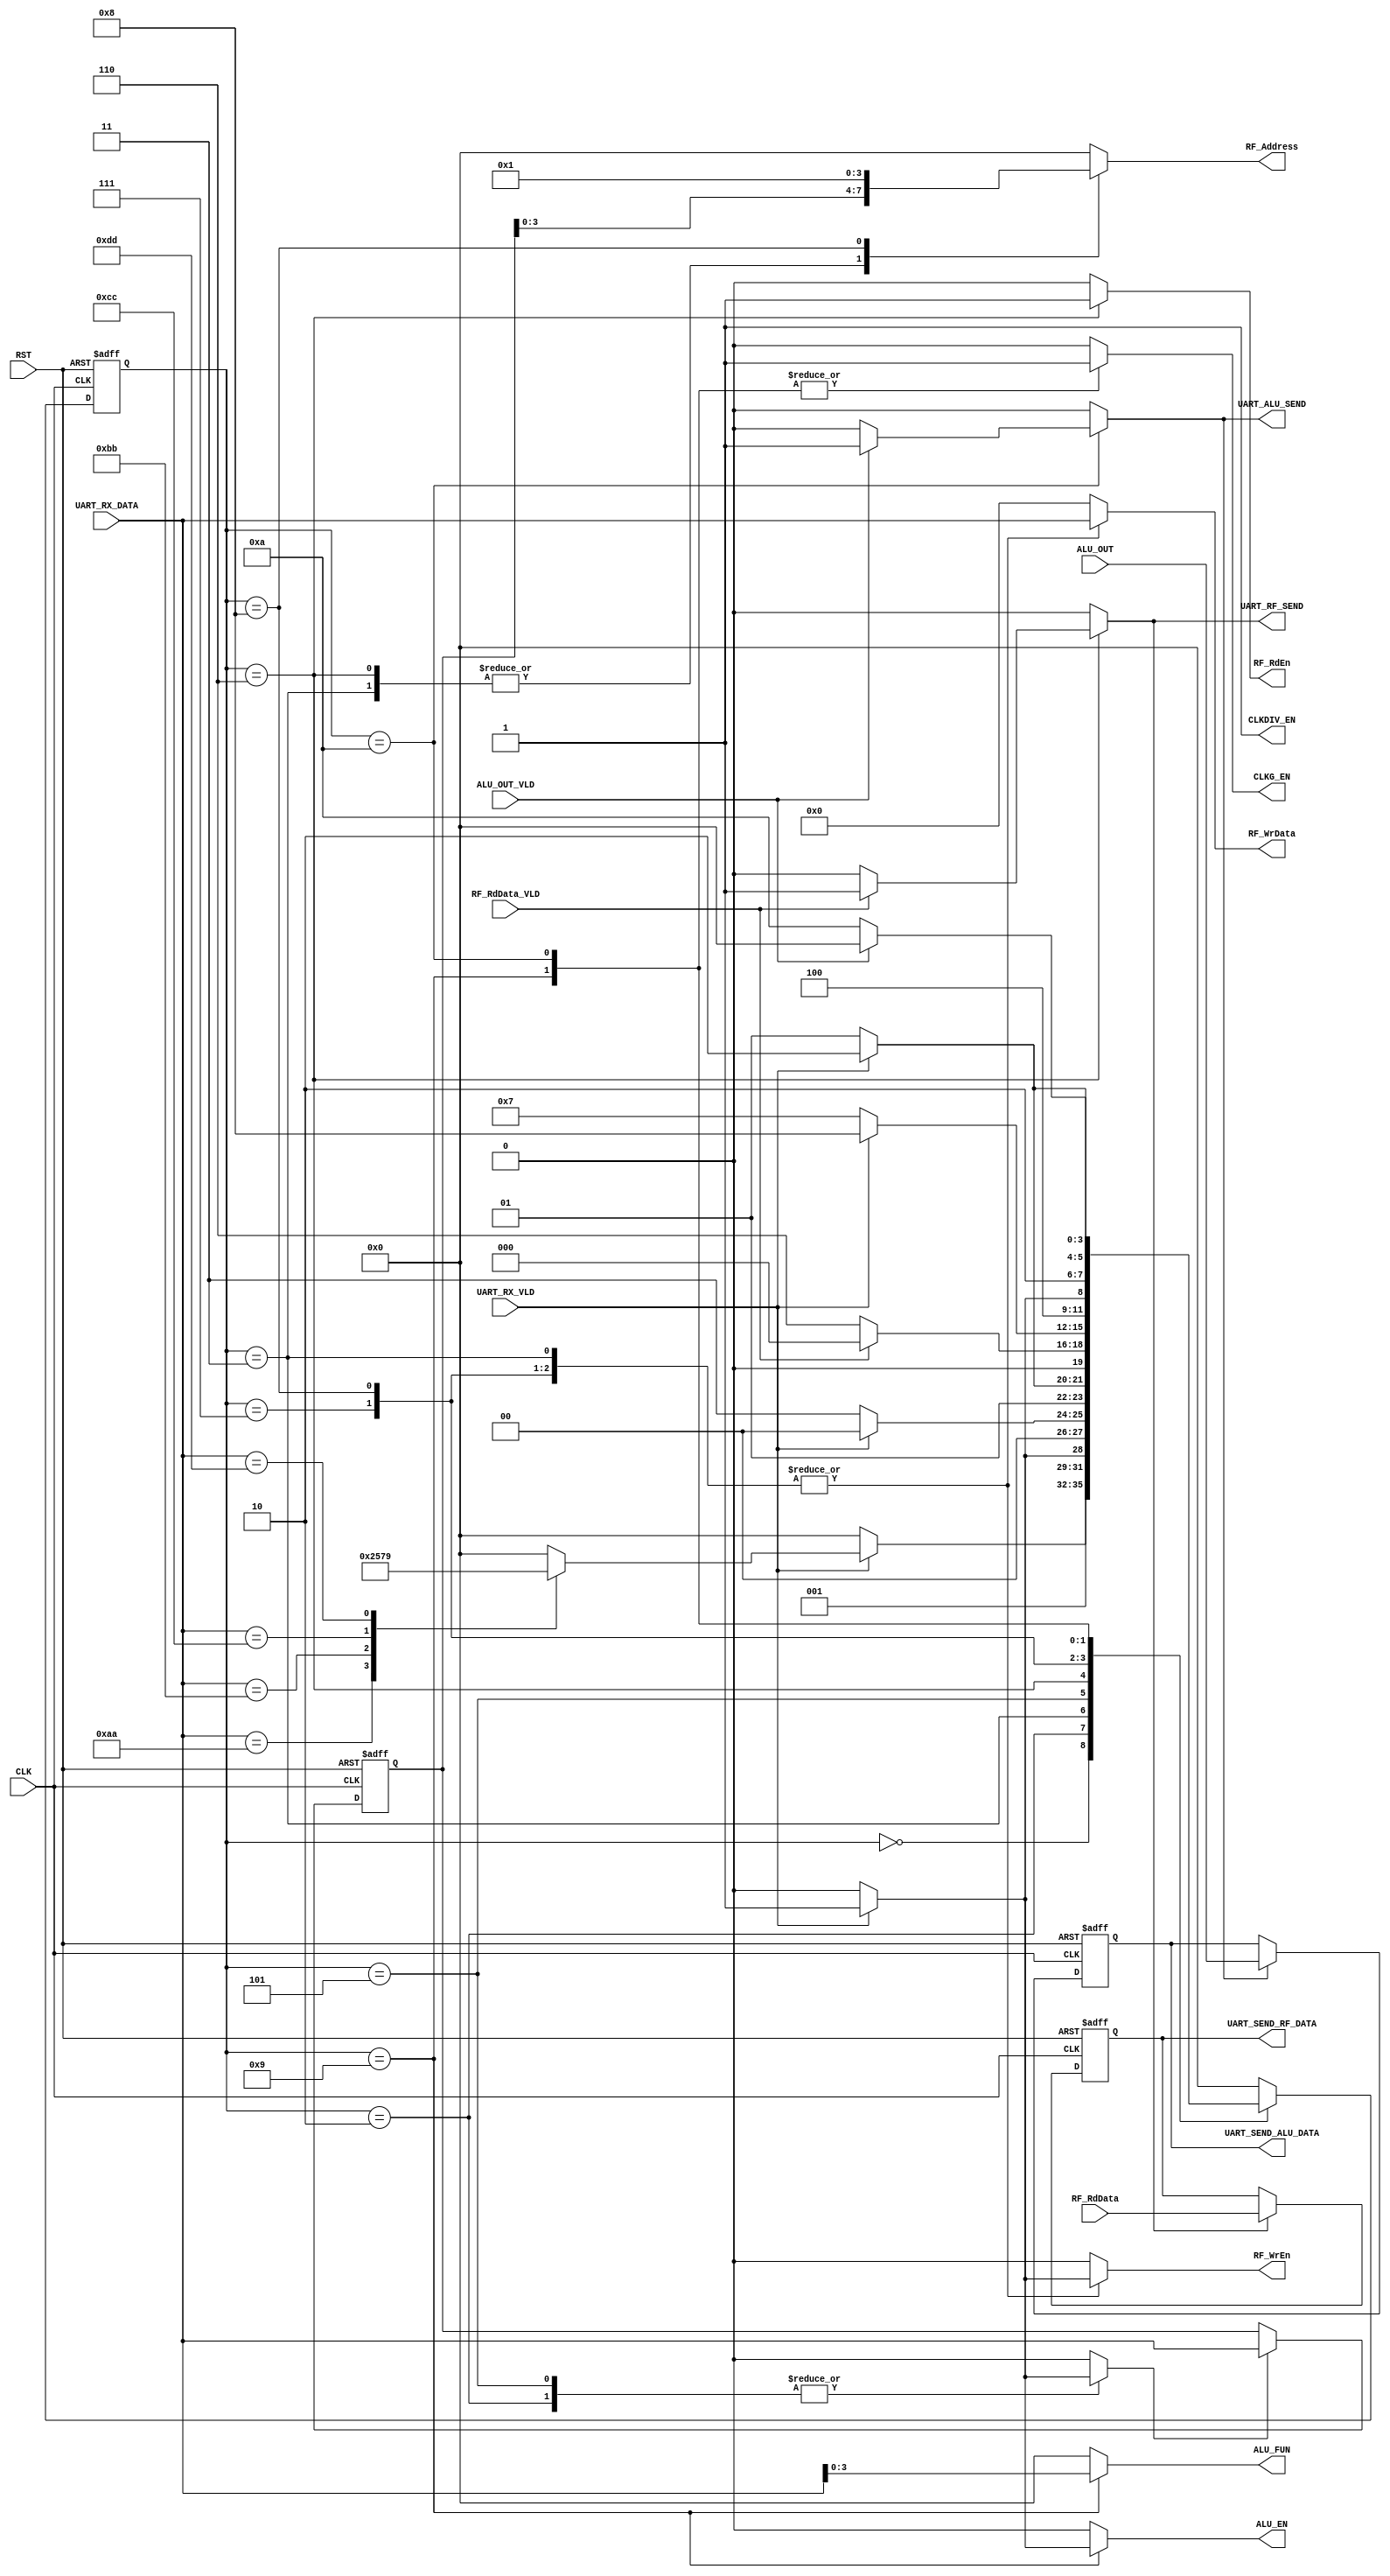
/*
Mapping:
---------
.CLK(),
.RST(),
.RF_RdData(),
.RF_RdData_VLD(),
.ALU_OUT(),
.ALU_OUT_VLD(), 
.UART_RX_DATA(), 
.UART_RX_VLD(),
.ALU_EN(),
.ALU_FUN(),  
.CLKG_EN(), 
.CLKDIV_EN(),
.RF_WrEn(),
.RF_RdEn(),
.RF_Address(),
.RF_WrData(),
.UART_RF_SEND(),
.UART_ALU_SEND(),
.UART_SEND_RF_DATA(),
.UART_SEND_ALU_DATA()
);


*/
module CTRL_RX  # ( parameter WIDTH = 8 ,
                              ADDR  = 4 )
 (
   input    wire                        UART_RX_VLD             ,
   input    wire   [WIDTH-1    :0]      UART_RX_DATA            ,
   input    wire                        CLK                     ,
   input    wire                        RST                     ,
   input    wire   [WIDTH-1    :0]      RF_RdData            ,
   input    wire                        RF_RdData_VLD            ,
   input    wire   [(WIDTH*2)-1:0]      ALU_OUT           ,
   input    wire                        ALU_OUT_VLD            ,
   output   reg                         ALU_EN                  ,
   output   reg    [3:0]                ALU_FUN                 ,  
   output   reg                         CLKG_EN                 , 
   output   reg                         CLKDIV_EN               ,
   output   reg                         RF_WrEn                 ,
   output   reg                         RF_RdEn                 ,
   output   reg   [ADDR-1:0]            RF_Address              ,
   output   reg   [WIDTH-1:0]           RF_WrData               ,
   output   reg                         UART_RF_SEND            ,
   output   reg                         UART_ALU_SEND           ,
   output   reg   [WIDTH-1:0]           UART_SEND_RF_DATA       ,
   output   reg   [WIDTH*2-1:0]         UART_SEND_ALU_DATA  	
 );
// state encoding
localparam  [3:0]      IDLE         = 4'b0000 ,
                       WRITE_CMD_S  = 4'b0001 ,
					             WRITE_ADD_S  = 4'b0010 ,
					             WRITE_DAT_S  = 4'b0011 ,
					             READ_CMD_S   = 4'b0100 ,
					             READ_ADD_S   = 4'b0101 ,
					             READ_WAIT_S  = 4'b0110 ,
					             ALU_WP_OPA_S = 4'b0111 ,
					             ALU_WP_OPB_S = 4'b1000 ,					   
					             ALU_OP_FUN_S = 4'b1001 ,
                       ALU_WAIT_O_S = 4'b1010 ;
//Command for the system ctrl
localparam  [7:0]      RF_WRITE_CMD  = 8'hAA ,
                       RF_READ_CMD   = 8'hBB ,
					             ALU_W_OP_CMD  = 8'hCC ,
					             ALU_WN_OP_CMD = 8'hDD ;
					   
//internal states current and next state
  reg  [3:0]  CS;
  reg  [3:0]  NS;
  
  reg         [7:0]      RF_ADDR_REG ;

  reg                    RF_ADDR_EN  ;//sginal to store address
  reg                    RF_RD_STORE ;//signal to stor RD 
  reg                    ALU_DAT_STOR ;	//signal to store alu	
//CS always block
  always  @ (posedge CLK or negedge RST)
    begin
      if(!RST)
        begin
          CS<=IDLE;
        end  
      else
        begin
          CS<=NS;
        end
    end
    
// NS logic
always @ (*)
 begin
  case(CS)
  IDLE   	: begin
		      		if(UART_RX_VLD)
			       begin
					    case(UART_RX_DATA)  // command
					     RF_WRITE_CMD : begin
									             NS = WRITE_ADD_S ;				
								              end
					     RF_READ_CMD  : begin
									             NS = READ_ADD_S ;				
								              end
					     ALU_W_OP_CMD : begin
									             NS = ALU_WP_OPA_S ;				
								              end
					      ALU_WN_OP_CMD: begin
			                          NS = ALU_OP_FUN_S ;				
								               end							   
					      default      : begin
									              NS = IDLE ;				
								               end
					     endcase	
				     end
				    else
				     begin
					     NS = IDLE ;
				     end
				        end
							  							  			
  WRITE_ADD_S : begin
				         if(UART_RX_VLD)
			       begin
			        NS = WRITE_DAT_S ; 				
                   end
			     else
			       begin
			        NS  = WRITE_ADD_S ; 			
                   end			  
                end
  WRITE_DAT_S : begin
				 if(UART_RX_VLD)
			       begin
			        NS  = IDLE ; 				
                   end
			     else
			       begin
			        NS = WRITE_DAT_S ; 			
                   end			  
                end  		  
  READ_ADD_S  : begin
				 if(UART_RX_VLD)
			       begin
			        NS = READ_WAIT_S ; 				
                   end
			     else
			       begin
			        NS = READ_ADD_S ; 			
                   end			  
                end
  READ_WAIT_S : begin
				 if(RF_RdData_VLD)
			       begin
			        NS = IDLE ; 				
                   end
			     else
			       begin
			        NS = READ_WAIT_S ; 			
                   end			  
                end			
  ALU_WP_OPA_S: begin
				 if(UART_RX_VLD)
			       begin
			        NS = ALU_WP_OPB_S ; 				
                   end
			     else
			       begin
			        NS = ALU_WP_OPA_S ; 			
                   end			  
                end	
  ALU_WP_OPB_S: begin
				 if(UART_RX_VLD)
			       begin
			        NS = ALU_OP_FUN_S ; 				
                   end
			     else
			       begin
			        NS = ALU_WP_OPB_S ; 			
                   end			  
                end	
  ALU_OP_FUN_S: begin
				 if(UART_RX_VLD)
			       begin
			        NS = ALU_WAIT_O_S ; 				
                   end
			     else
			       begin
			        NS = ALU_OP_FUN_S ; 			
                   end			  
                end	
  ALU_WAIT_O_S: begin
				 if(ALU_OUT_VLD)
			       begin
			        NS = IDLE ; 				
                   end
			     else
			       begin
			        NS = ALU_WAIT_O_S ; 			
                   end			  
                end					
  default     : begin
			      NS = IDLE ; 
                end	
  endcase                 	   
 end 
 // output logic
always @ (*)
 begin
   ALU_EN        = 1'b0 ;
   ALU_FUN       = 4'b0 ;  
   CLKG_EN       = 1'b0 ; 
   CLKDIV_EN     = 1'b1 ;
   RF_WrEn       = 1'b0 ;
   RF_RdEn       = 1'b0 ;
   RF_Address    =  'b0 ;
   RF_WrData     =  'b0 ;
   RF_ADDR_EN    = 1'b0 ;
   UART_RF_SEND  = 1'b0 ; 
   UART_ALU_SEND = 1'b0 ;
   RF_RD_STORE   = 1'b0 ;
   ALU_DAT_STOR  = 1'b0 ;   
  case(CS)
  IDLE   	  : begin
				  ALU_EN     = 1'b0 ;
				  ALU_FUN    = 4'b0 ;  
				  CLKG_EN    = 1'b0 ; 
				  CLKDIV_EN  = 1'b1 ;
				  RF_WrEn    = 1'b0 ;
				  RF_RdEn    = 1'b0 ;
				  RF_Address =  'b0 ;
				  RF_WrData  =  'b0 ;
				end			  
											  			
  WRITE_ADD_S : begin
				 if(UART_RX_VLD)
			       begin
			        RF_ADDR_EN = 1'b1 ; 				
                   end
			     else
			       begin
			        RF_ADDR_EN = 1'b0 ; 			
                   end					   	  
                end
                
  WRITE_DAT_S : begin
				 if(UART_RX_VLD)
			       begin
				    RF_WrEn    = 1'b1         ;
					  RF_Address = RF_ADDR_REG  ;
					  RF_WrData  = UART_RX_DATA ;
                   end
			     else
			       begin
				    RF_WrEn    = 1'b0         ;
					  RF_Address = RF_ADDR_REG  ;
					  RF_WrData  = UART_RX_DATA ; 			
                   end					   	  
              end
              
  READ_ADD_S  : begin
				 if(UART_RX_VLD)
			       begin
			        RF_ADDR_EN = 1'b1 ; 				
                   end
			     else
			       begin
			        RF_ADDR_EN = 1'b0 ; 			
                   end					   	  
                end
                
  READ_WAIT_S : begin
				  RF_RdEn    = 1'b1         ;
				  RF_Address = RF_ADDR_REG  ;
				  if(RF_RdData_VLD)
			       begin
			        UART_RF_SEND = 1'b1 ; 
                    RF_RD_STORE  = 1'b1 ;					
                   end
			      else
			       begin
			        UART_RF_SEND = 1'b0 ;	
                    RF_RD_STORE  = 1'b0 ;						
                   end					  
                end	
                	
  ALU_WP_OPA_S: begin
				 if(UART_RX_VLD)
				   begin
				    RF_WrEn    = 1'b1         ;
					RF_Address = 'b00         ;
					RF_WrData  = UART_RX_DATA ;
				   end	
			     else
			       begin
				    RF_WrEn    = 1'b0         ;
					RF_Address = 'b00         ;
					RF_WrData  = UART_RX_DATA ; 			
                   end			  
                end	
                
  ALU_WP_OPB_S: begin
				 if(UART_RX_VLD)
				  begin
				    RF_WrEn    = 1'b1         ;
					RF_Address = 'b01         ;
					RF_WrData  = UART_RX_DATA ;
				  end	
			     else
			       begin
				    RF_WrEn    = 1'b0         ;
					RF_Address = 'b01         ;
					RF_WrData  = UART_RX_DATA ; 			
                   end			  
                end	
                
  ALU_OP_FUN_S: begin
    				 CLKG_EN = 1'b1 ;  
				 if(UART_RX_VLD)
			       begin
                     ALU_EN  = 1'b1 ;
                     ALU_FUN = UART_RX_DATA ; 			
                   end
			     else
			       begin
                     ALU_EN  = 1'b0 ;
                     ALU_FUN = UART_RX_DATA ; 				
                   end			  
                end	
                
  ALU_WAIT_O_S: begin
				 CLKG_EN = 1'b1 ;   
				 if(ALU_OUT_VLD)
			       begin
			        UART_ALU_SEND = 1'b1 ; 
              ALU_DAT_STOR  = 1'b1 ;							
                   end
			      else
			       begin
			        UART_ALU_SEND = 1'b0 ;
              ALU_DAT_STOR  = 1'b0 ;							
                   end
                end		
                		   
  default     : begin
		           ALU_EN     = 1'b0 ;
		           ALU_FUN    = 4'b0 ;  
		           CLKG_EN    = 1'b0 ; 
	             CLKDIV_EN  = 1'b1 ;
		           RF_WrEn    = 1'b0 ;
		           RF_RdEn    = 1'b0 ;
		           RF_Address =  'b0 ;
		           RF_WrData  =  'b0 ;
                end	
  endcase                 	   
 end 
							  
// **************** storing RF Address **************** //
always @ (posedge CLK or negedge RST)
 begin
  if(!RST)
   begin
    RF_ADDR_REG <= 8'b0 ;
   end
  else
   begin
    if (RF_ADDR_EN)
	 begin	
      RF_ADDR_REG <= UART_RX_DATA ;
	 end 
   end
 end
 
// **************** storing RF READ Data **************** //
always @ (posedge CLK or negedge RST)
 begin
  if(!RST)
   begin
    UART_SEND_RF_DATA <= 8'b0 ;
   end
  else
   begin
    if (RF_RD_STORE)
	 begin
      UART_SEND_RF_DATA <= RF_RdData ;
	 end 
   end
 end
 
// **************** storing ALU Result **************** //
always @ (posedge CLK or negedge RST)
 begin
  if(!RST)
   begin
    UART_SEND_ALU_DATA <= 'b0 ;
   end
  else
   begin
    if (ALU_DAT_STOR)
	 begin
      UART_SEND_ALU_DATA <= ALU_OUT ;
	 end 
   end
 end

endmodule